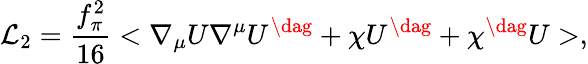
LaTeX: {\cal L}_{2}=\frac{f_{\pi}^{2}}{16}<\nabla_{\mu}U{\nabla^{\mu}}U^{\dag}+{\chi}U^{\dag}+\chi^{\dag}U>,